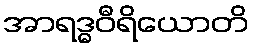
အာရဒ္ဓဝီရိယောတိ